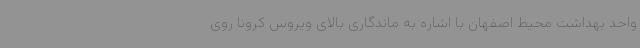
واحد بهداشت محیط اصفهان با اشاره به‌ ماندگاری بالای ویروس کرونا روی